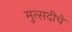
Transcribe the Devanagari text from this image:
मुत्सदीचे